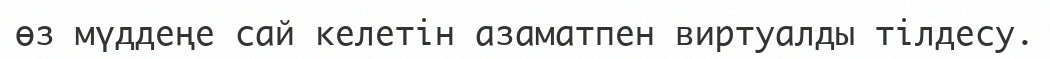
өз мүддеңе сай келетін азаматпен виртуалды тілдесу.